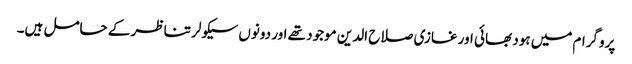
پروگرام میں ہود بھائی اور غازی صلاح الدین موجود تھے اور دونوں سیکولر تناظر کے حامل ہیں۔